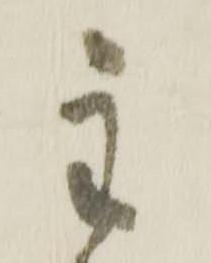
主